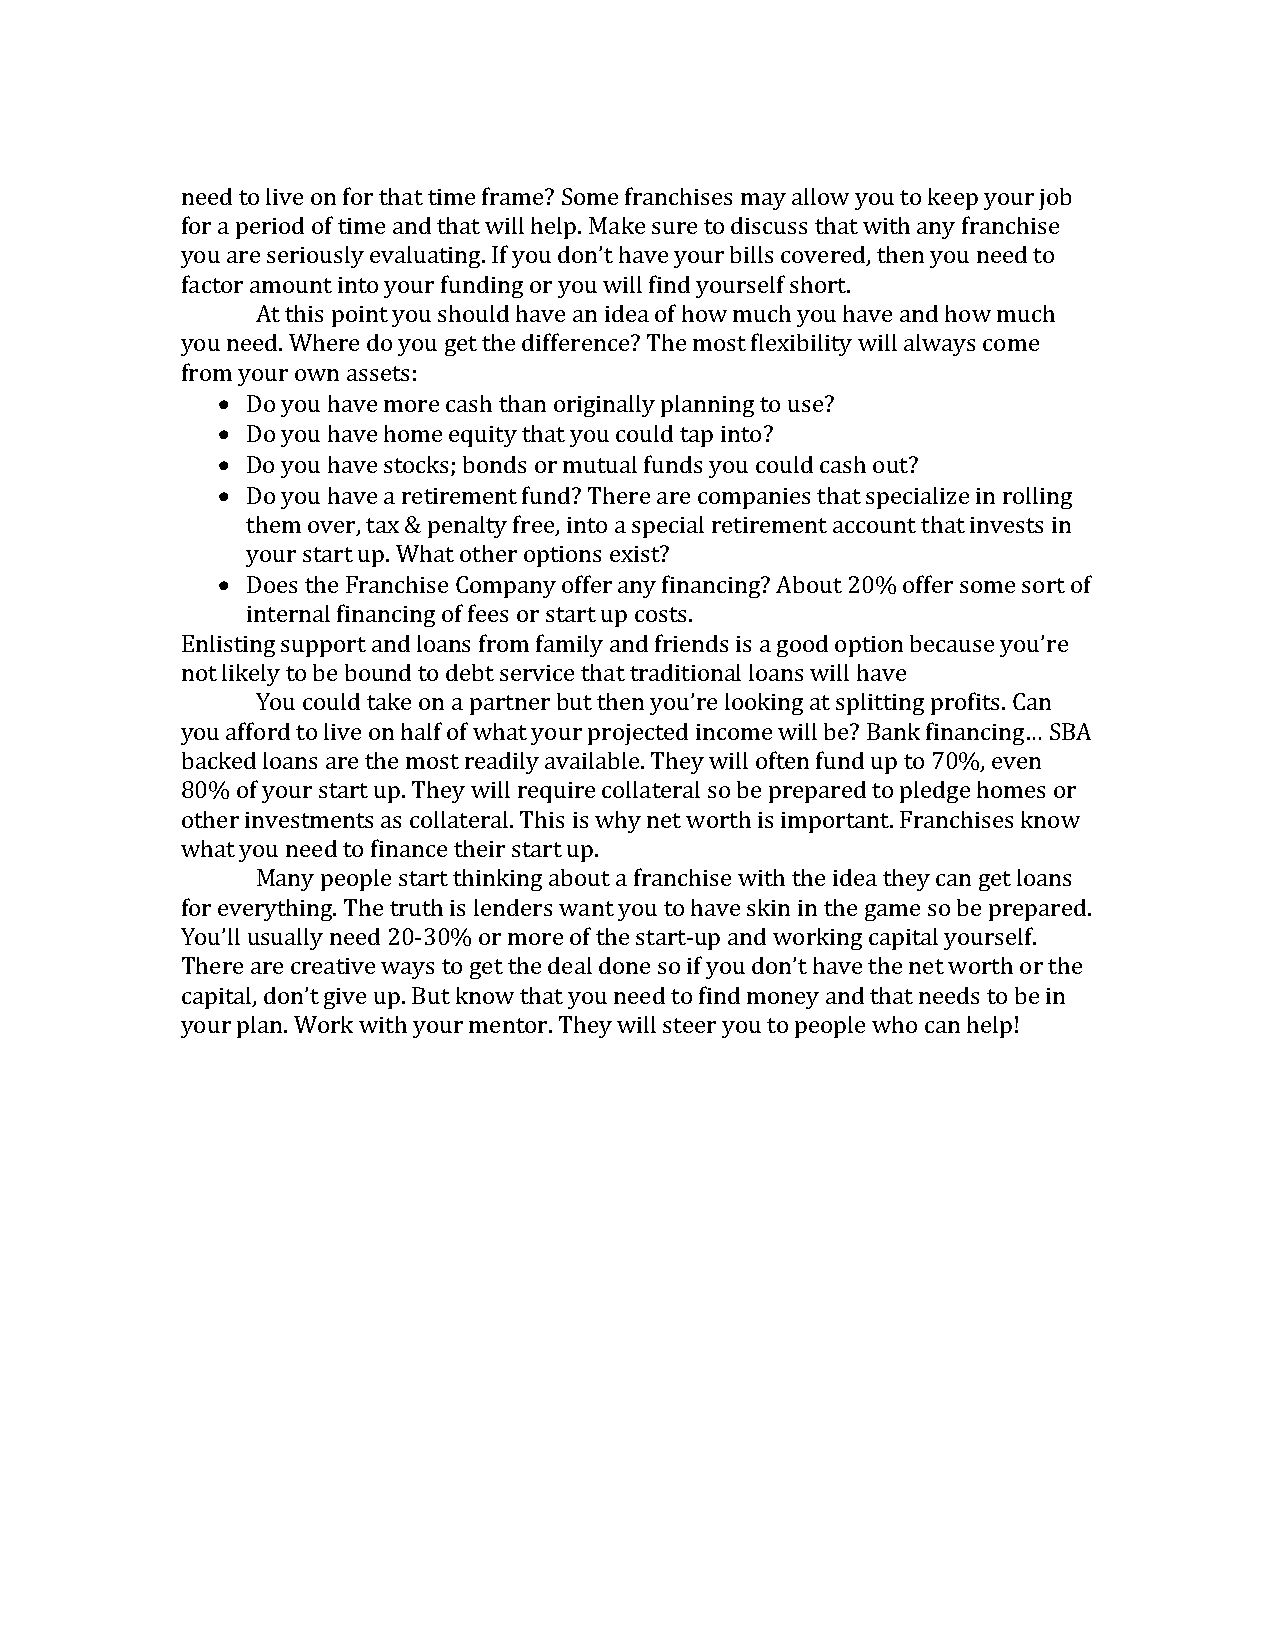
need to live on for that time frame? Some franchises may allow you to keep your job
 for a period of time and that will help. Make sure to discuss that with any franchise
 you are seriously evaluating. If you don’t have your bills covered, then you need to
 factor amount into your funding or you will find yourself short.
 At this point you should have an idea of how much you have and how much
 you need. Where do you get the difference? The most flexibility will always come
 from your own assets:
 • Do you have more cash than originally planning to use?
 • Do you have home equity that you could tap into?
 • Do you have stocks; bonds or mutual funds you could cash out?
 • Do you have a retirement fund? There are companies that specialize in rolling
 them over, tax & penalty free, into a special retirement account that invests in
 your start up. What other options exist?
 • Does the Franchise Company offer any financing? About 20% offer some sort of
 internal financing of fees or start up costs.
 Enlisting support and loans from family and friends is a good option because you’re
 not likely to be bound to debt service that traditional loans will have
 You could take on a partner but then you’re looking at splitting profits. Can
 you afford to live on half of what your projected income will be? Bank financing… SBA
 backed loans are the most readily available. They will often fund up to 70%, even
 80% of your start up. They will require collateral so be prepared to pledge homes or
 other investments as collateral. This is why net worth is important. Franchises know
 what you need to finance their start up.
 Many people start thinking about a franchise with the idea they can get loans
 for everything. The truth is lenders want you to have skin in the game so be prepared.
 You’ll usually need 20-30% or more of the start-up and working capital yourself.
 There are creative ways to get the deal done so if you don’t have the net worth or the
 capital, don’t give up. But know that you need to find money and that needs to be in
 your plan. Work with your mentor. They will steer you to people who can help!